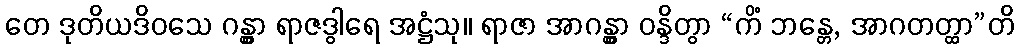
တေ ဒုတိယဒိဝသေ ဂန္တွာ ရာဇဒွါရေ အဋ္ဌံသု။ ရာဇာ အာဂန္တွာ ဝန္ဒိတွာ “ကိံ ဘန္တေ, အာဂတတ္ထာ”တိ